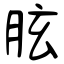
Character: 胘